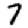
Digit: 7